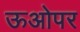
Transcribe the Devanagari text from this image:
ऊओपर